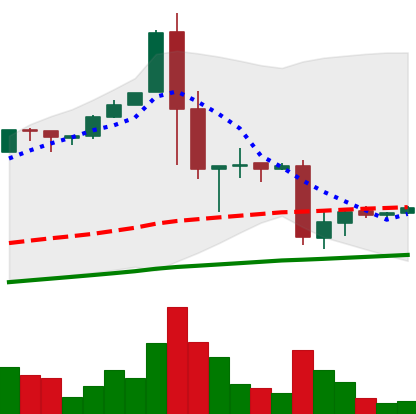
Ticker: BTC-USD
Chart end date: 2017-01-16
Forward return: 10.854%
Label: up_7plus